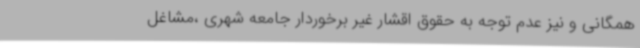
همگانی و نیز عدم توجه به حقوق اقشار غیر برخوردار جامعه شهری ،مشاغل